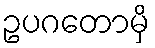
ဥပဂတောမှိ